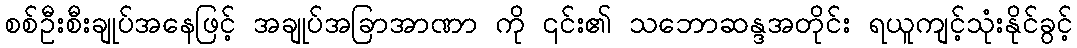
စစ်ဦးစီးချုပ်အနေဖြင့် အချုပ်အခြာအာဏာ ကို ၎င်း၏ သဘောဆန္ဒအတိုင်း ရယူကျင့်သုံးနိုင်ခွင့်